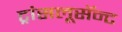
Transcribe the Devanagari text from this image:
ट्रांसलूसॅन्ट